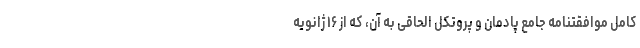
کامل موافقتنامه جامع پادمان و پروتکل الحاقی به آن، که از ١۶ ژانویه